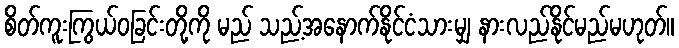
စိတ်ကူးကြွယ်ဝခြင်းတို့ကို မည် သည့်အနောက်နိုင်ငံသားမျှ နားလည်နိုင်မည်မဟုတ်။